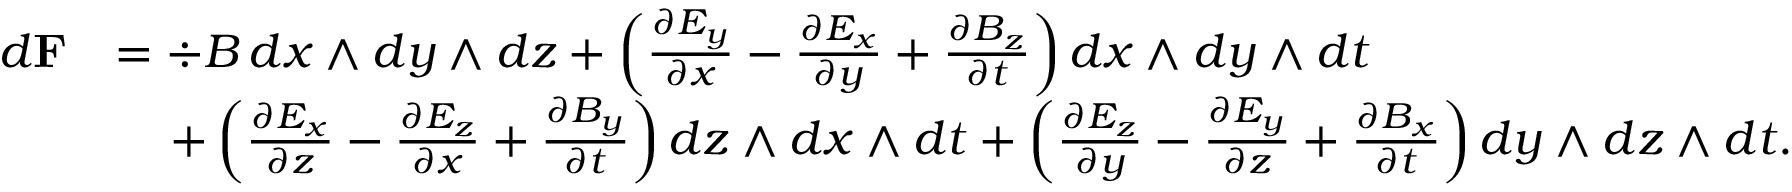
\begin{array} { r l } { d { \mathbf F } } & { = \div B \, d x \wedge d y \wedge d z + \left( \frac { \partial E _ { y } } { \partial x } - \frac { \partial E _ { x } } { \partial y } + \frac { \partial B _ { z } } { \partial t } \right) d x \wedge d y \wedge d t } \\ & { \quad \, + \left( \frac { \partial E _ { x } } { \partial z } - \frac { \partial E _ { z } } { \partial x } + \frac { \partial B _ { y } } { \partial t } \right) d z \wedge d x \wedge d t + \left( \frac { \partial E _ { z } } { \partial y } - \frac { \partial E _ { y } } { \partial z } + \frac { \partial B _ { x } } { \partial t } \right) d y \wedge d z \wedge d t . } \end{array}